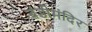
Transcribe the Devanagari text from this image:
चंडीमंदिर